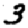
Digit: 3